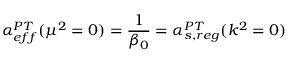
\alpha _ { e f f } ^ { P T } ( \mu ^ { 2 } = 0 ) = { \frac { 1 } { \beta _ { 0 } } } = \alpha _ { s , r e g } ^ { P T } ( k ^ { 2 } = 0 )